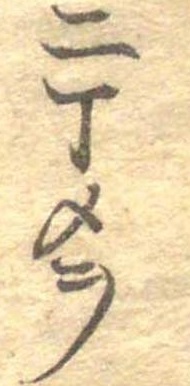
二丁メヲ